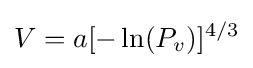
V=a[-\ln(P_{v})]^{4/3}